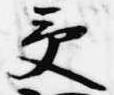
受